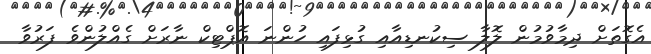
އެގޮތަށް ދިމާވުމުން ލޮލާ ސިކުނޑިއާއި ގުޅިފައި ހުންނަ އޮޕްޓިކް ނާރަށް ގެއްލުންވެ ފަރުވާ